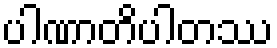
ပါဏာတိပါတဿ